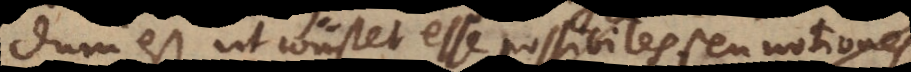
est, ut constet esse possibiles seu notiones